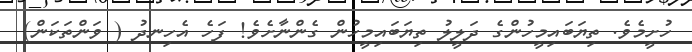
ހުށީމެވެ. ތިޔަބައިމީހުންގެ ދަލީލު ތިޔަބައިމީހުން ގެންނާށެވެ! ފަހެ އެހިނދު ( ވަންތަކަން)